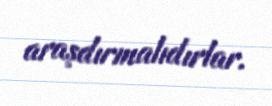
araşdırmalıdırlar.